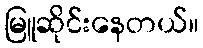
မြူဆိုင်းနေတယ်။